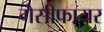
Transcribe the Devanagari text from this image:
गैसीफायर